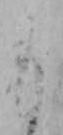
も